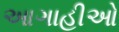
આગાહીઓ